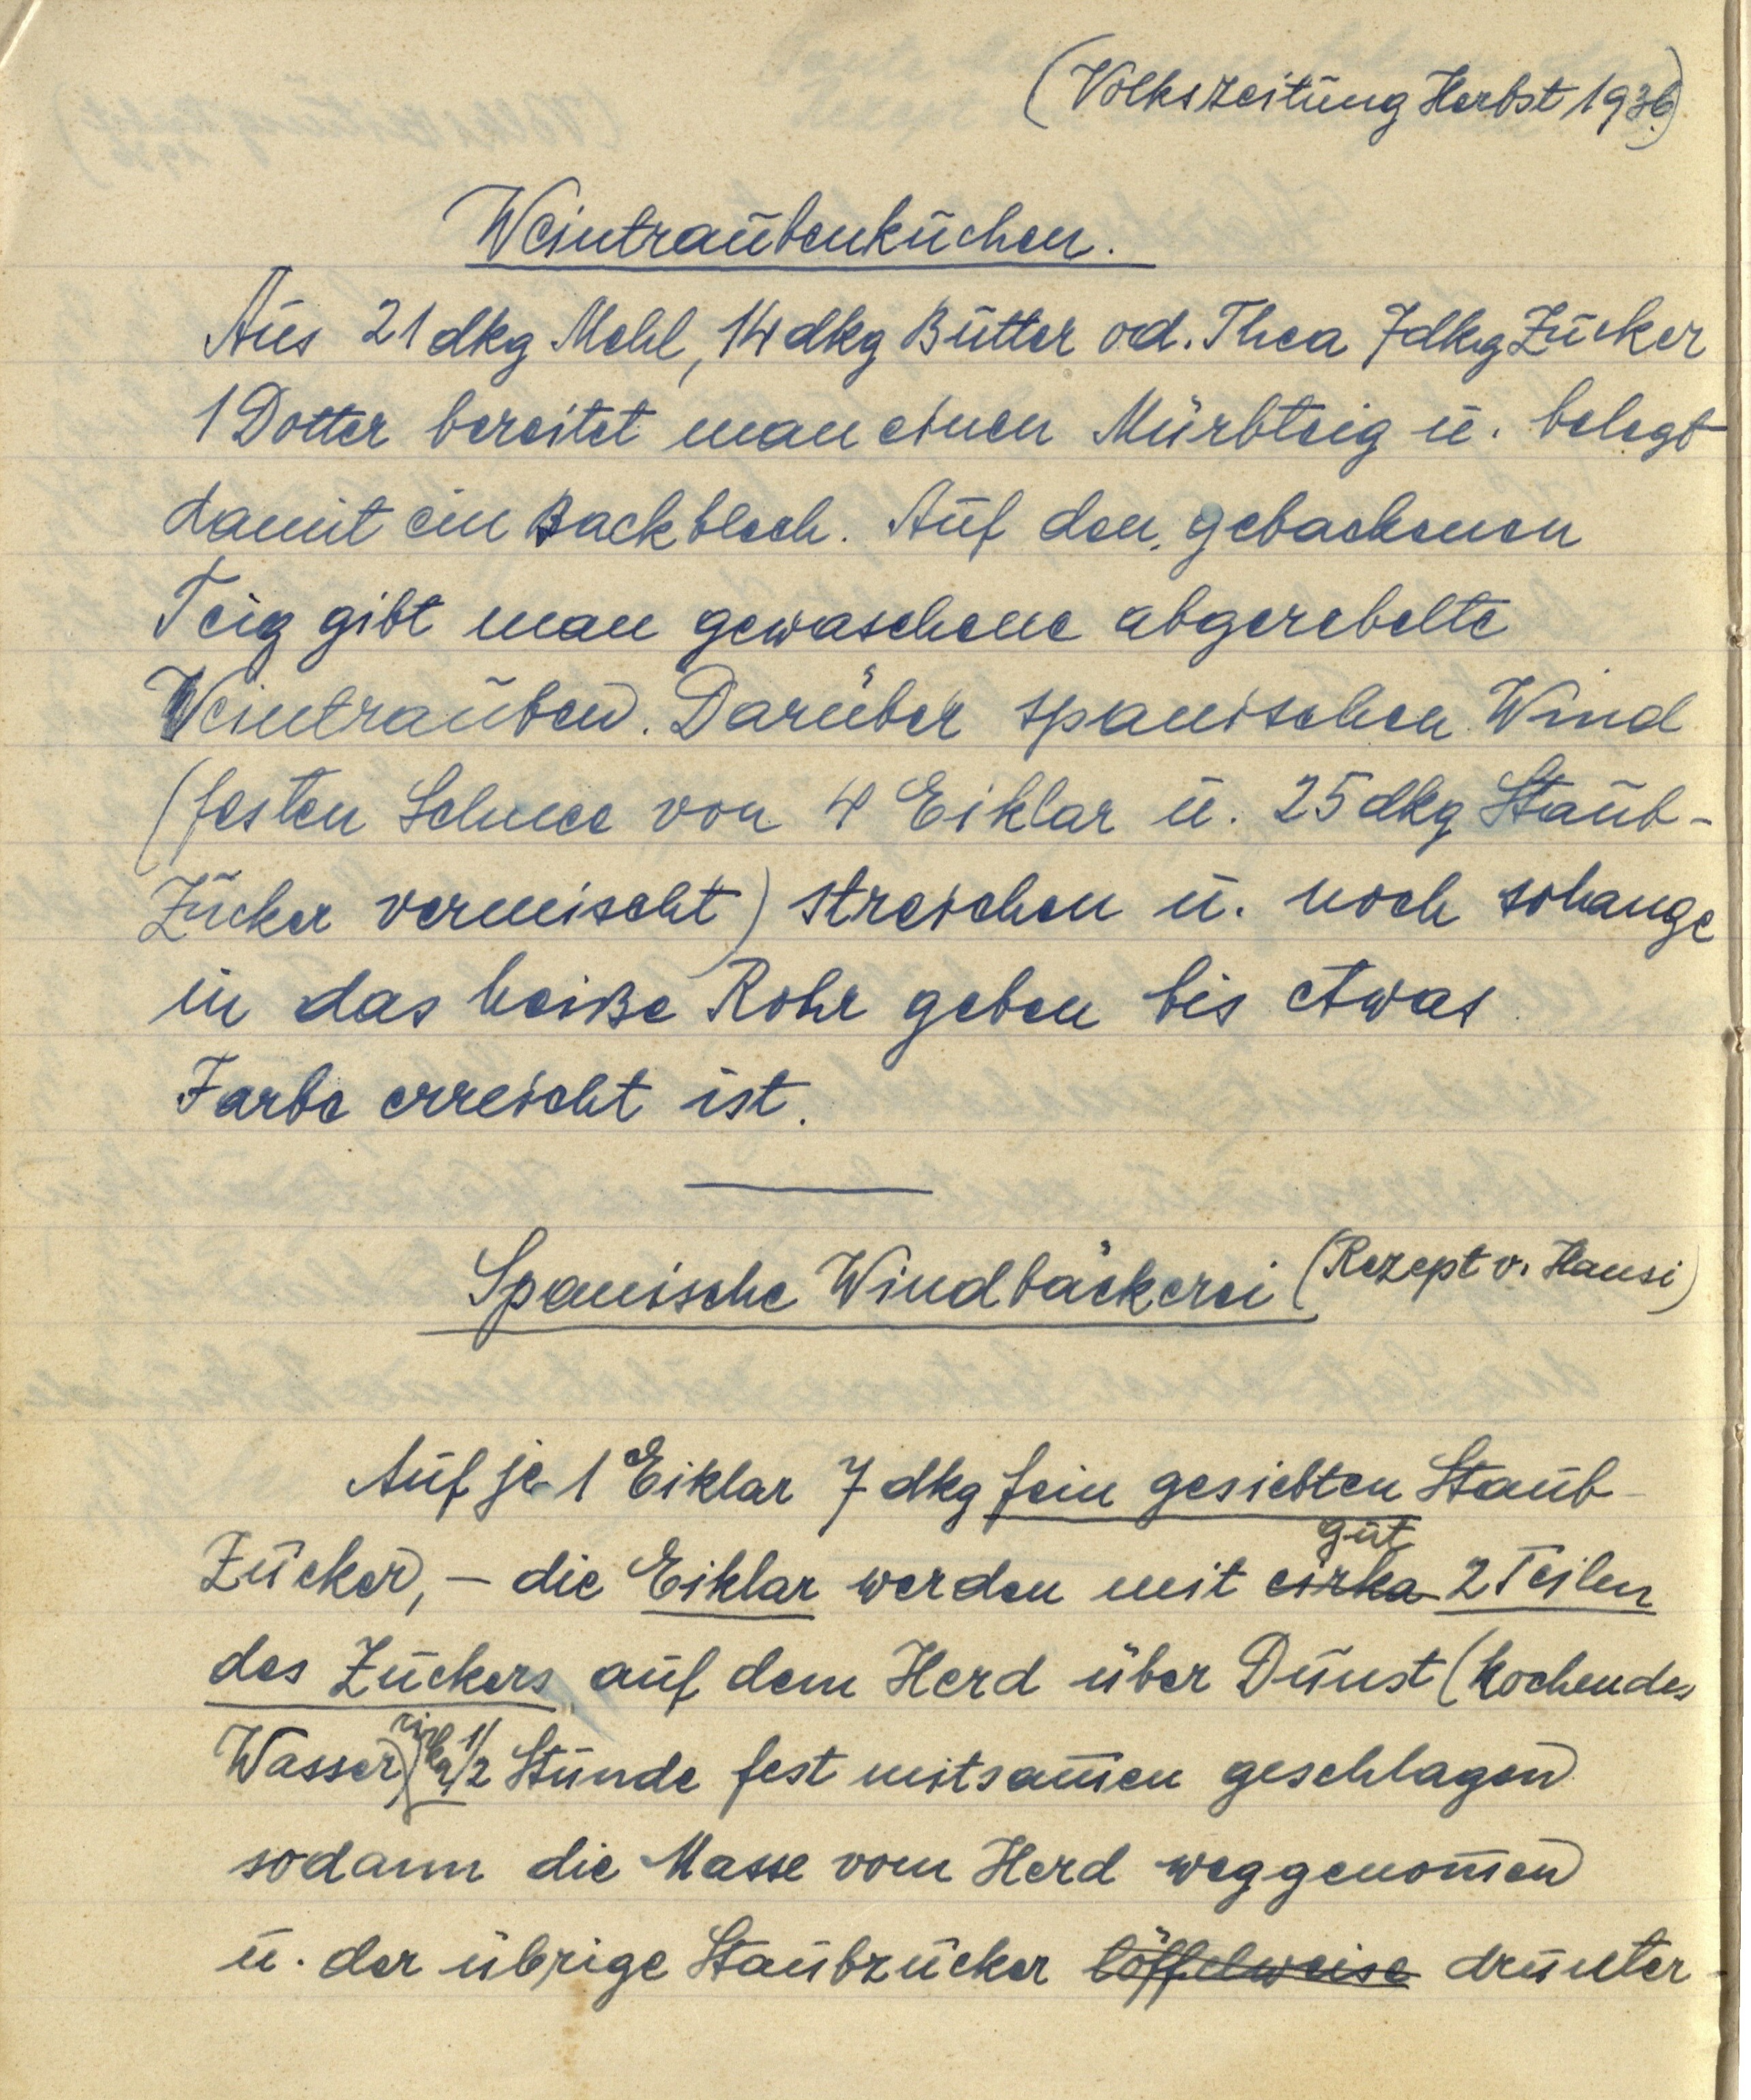
(Volkszeitung Herbst 1936.)

Weintraubenkuchen.
Aus 21 dkg Mehl, 14 dkg Butter od. Thea 7 dkg Zucker
1 Dotter bereitet man einen Mürbteig u. belegt
damit ein Backblech. Auf den gebackenen
Teig gibt man gewaschene abgerebelte
Weintrauben. Darüber spanischen Wind
(festen Schnee von 4 Eiklar u. 25 dkg Staub¬
Zucker vermischt) streichen u. noch solange
in das heiße Rohr geben bis etwas
Farbe erreicht ist.

Spanische Windbäckerei (Rezept v. Hansi)

Auf je 1 Eiklar 7 dkg fein gesiebten Staub¬
Zucker, — die Eiklar werden mit cirka gut 2 Teilen
des Zuckers auf dem Herd über Dunst (kochendes
Wasser) cirka ½ Stunde fest mitsammen geschlagen
sodann die Masse vom Herd weggenommen
u. der übrige Staubzucker löffelweise drunter¬